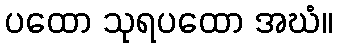
ပထော သုရပထော အဃံ။